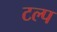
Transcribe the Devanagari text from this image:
टल्प